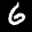
Label: 6